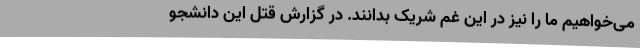
می‌خواهیم ما را نیز در این غم شریک بدانند. در گزارش قتل این دانشجو